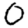
Digit: 0